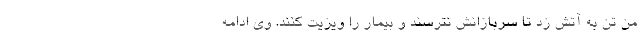
من تن به آتش زد تا سربازانش نترسند و بیمار را ویزیت کنند. وی ادامه